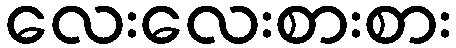
လေးလေးစားစား